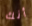
أنك